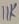
Text: 11K